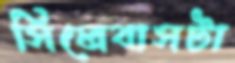
সিলেবাসটা